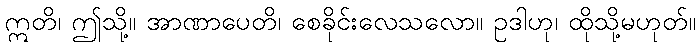
ဣတိ၊ ဤသို့။ အာဏာပေတိ၊ စေခိုင်းလေသလော။ ဥဒါဟု၊ ထိုသို့မဟုတ်။